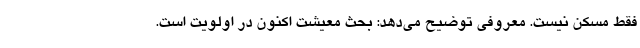
فقط مسکن نیست. معروفی توضیح می‌دهد: بحث معیشت اکنون در اولویت است.